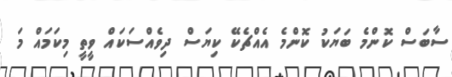
ސާބަސް ކޮންމެ ބަޔަކު ކޮންމެ އެއްޗެކޭ ކިޔަސް ދިވެއްސަކައް ވީތީ މިކަމައް މަ